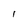
Character: I